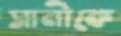
সানীকে